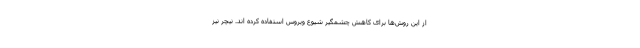
از این روش‌ها برای کاهش چشمگیر شیوع ویروس استفاده کرده اند. نیچر نیز